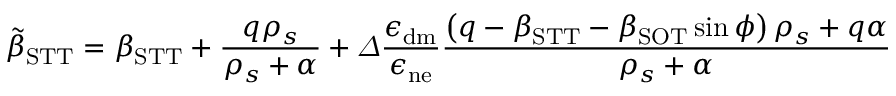
\tilde { \beta } _ { \mathrm { S T T } } = \beta _ { \mathrm { S T T } } + \frac { q \rho _ { s } } { \rho _ { s } + \alpha } + \varDelta \frac { \epsilon _ { \mathrm { d m } } } { \epsilon _ { \mathrm { n e } } } \frac { \left( q - \beta _ { \mathrm { S T T } } - \beta _ { \mathrm { S O T } } \sin \phi \right) \rho _ { s } + q \alpha } { \rho _ { s } + \alpha }